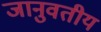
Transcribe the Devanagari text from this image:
जानुवतीय